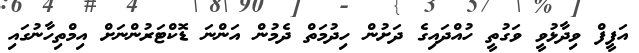
އަފީފް ވިދާޅުވީ ވަގުތީ ހުއްދައިގެ ދަށުން ހިދުމަތް ދެމުން އަންނަ ޑޮކްޓަރުންނަށް އިމްތިހާނުގައި